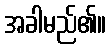
အခါမည်၏။